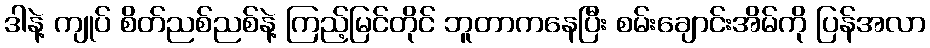
ဒါနဲ့ ကျုပ် စိတ်ညစ်ညစ်နဲ့ ကြည့်မြင်တိုင် ဘူတာကနေပြီး စမ်းချောင်းအိမ်ကို ပြန်အလာ